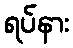
ရပ်နား